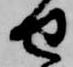
せ